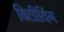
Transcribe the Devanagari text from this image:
बिलीविंग